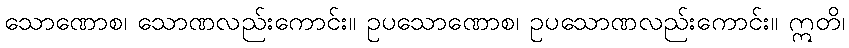
သောဏောစ၊ သောဏလည်းကောင်း။ ဥပသောဏောစ၊ ဥပသောဏလည်းကောင်း။ ဣတိ၊